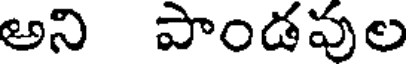
అని పాండపుల